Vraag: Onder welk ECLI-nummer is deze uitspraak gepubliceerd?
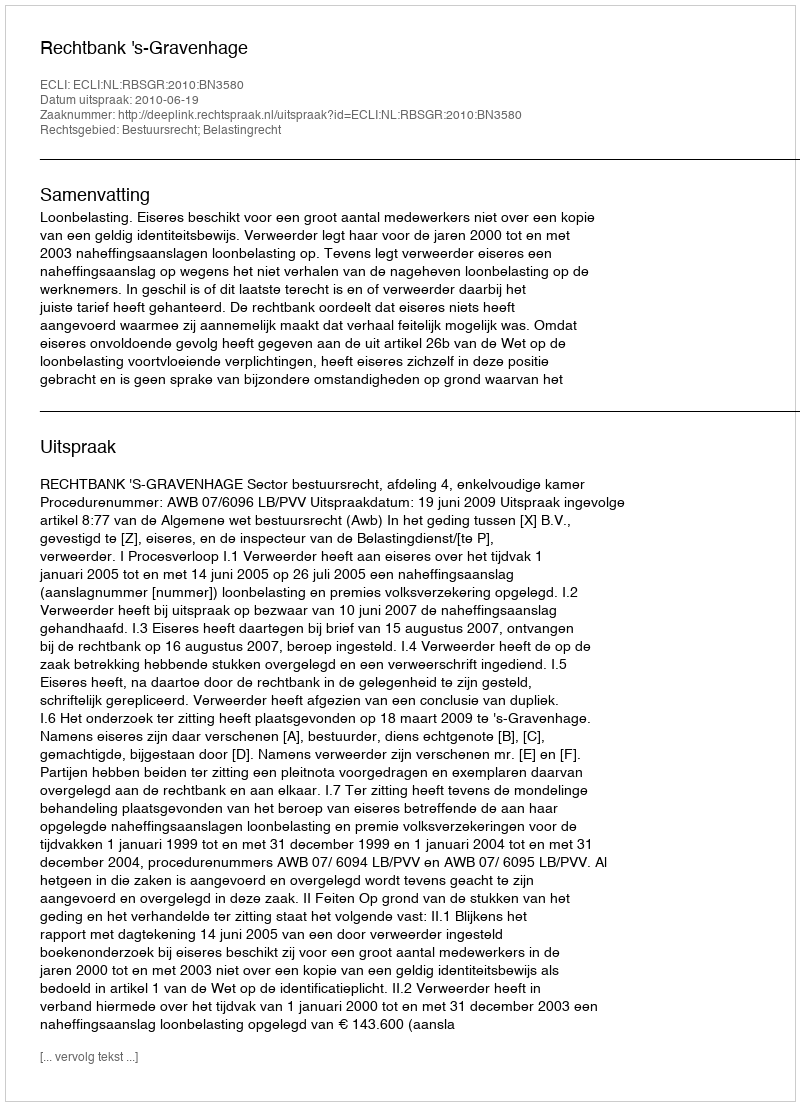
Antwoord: ECLI:NL:RBSGR:2010:BN3580